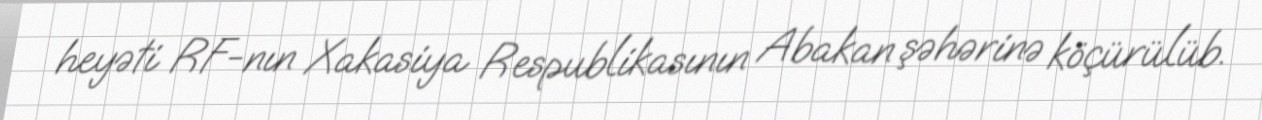
heyəti RF-nın Xakasiya Respublikasının Abakan şəhərinə köçürülüb.